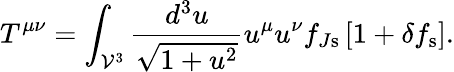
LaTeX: T^{\mu\nu}=\int_{\mathcal{V}^{3}}\frac{d^{3}u}{\sqrt{1+u^{2}}}u^{\mu}u^{\nu}f_{J\mathrm{s}}\left[1+\delta f_{\mathrm{s}}\right].